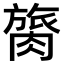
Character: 膐